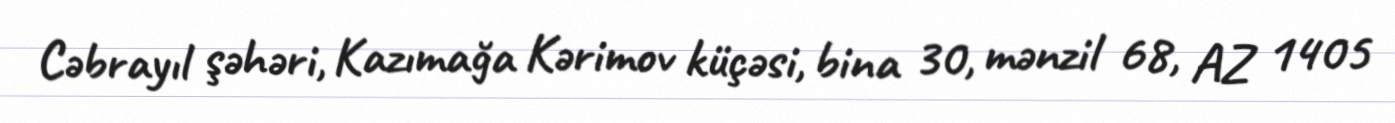
Cəbrayıl şəhəri, Kazımağa Kərimov küçəsi, bina 30, mənzil 68, AZ 1405